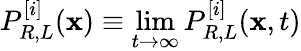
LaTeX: P_{R,L}^{[i]}(\mathbf{x})\equiv\operatorname*{lim}_{t\rightarrow\infty}P_{R,L}^{[i]}(\mathbf{x},t)